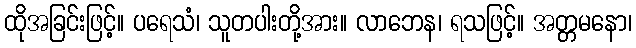
ထိုအခြင်းဖြင့်။ ပရေသံ၊ သူတပါးတို့အား။ လာဘေန၊ ရသဖြင့်။ အတ္တမနော၊